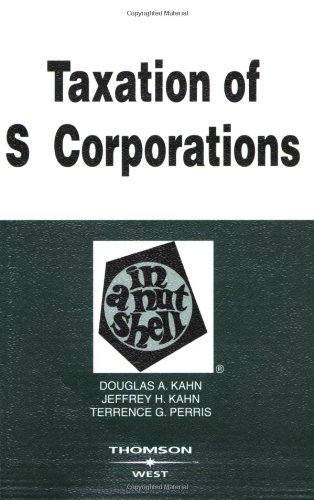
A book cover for Taxation of S Corporations in a Nutshell; Douglas Kahn; Law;